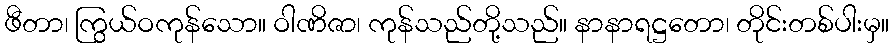
ဖီတာ၊ ကြွယ်ဝကုန်သော။ ဝါဏိဇာ၊ ကုန်သည်တို့သည်။ နာနာရဋ္ဌတော၊ တိုင်းတစ်ပါးမှ။